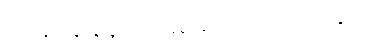
ဖေဖေနှင့် နေပြန်လျှင်လည်း မေမေတစ်ယောက်တည်း ကျန်ခဲ့မည်။